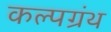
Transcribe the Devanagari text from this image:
कल्पग्रंथ